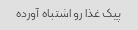
پیک غذا رو اشتباه آورده